Vaccination United Provinces of Agra and Oudh 1923-1928 - 1923-1928
Year: 1923
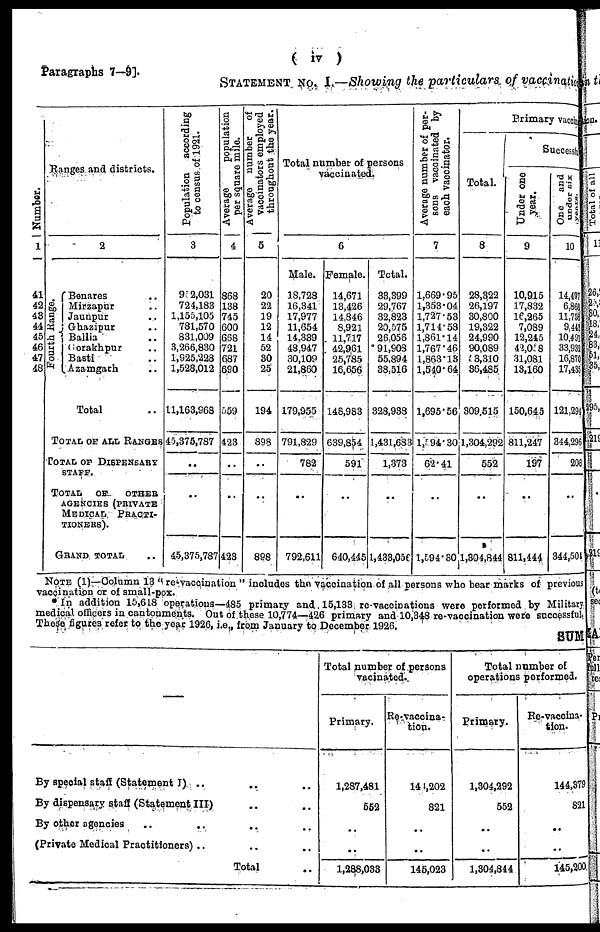
Paragraphs 7—9].
( iv )
STATEMENT No. I.—Showing the particulars of vaccinatio
Number.
1
41
42
43
41
45
46
47
48
Ranges and districts.
2
Fourth Range.
Benares ..
Mirzapur ..
Jaunpur ..
Ghazipur ..
Ballia ..
Gorakhpur ..
Basti ..
Azamgarh ..
Total ..
TOTAL OF ALL RANGES
TOTAL OF DISPENSARY
STAFF.
TOTAL OF
OTHER
AGENCIES (PRIVATE
MEDICAL PRACTI¬
TIONERS).
GRAND TOTAL ..
Population
according
to census of 1921.
3
95 2,031
724,183
1,155,105
781,570
831,009
3,266,830
1,925,228
1,528,012
11,163,968
45,375,787
..
..
45,375,787
Average
population
per square mile.
4
868
138
745
600
668
721
687
690
559
423
..
..
423
Average number of
vaccinators employed
throughout the year.
5
20
22
19
12
14
52
30
25
194
898
..
..
898
Total number of persons
vaccinated.
6
Male.
18,728
16,341
17,977
11,654
14,339
48,947
30,109
21,860
179,955
791,829
782
..
792,611
Female.
14,671
13,426
14,846
8,921
11,717
42,961
25,785
16,656
148,983
639,854
591
..
640,445
Total.
33,399
29,767
32,823
20,575
26,056
91,908
55,894
38,516
328,938
1,431,683
1,373
..
l,438,056
Average number of per-
sons vaccinated by
each vaccinator.
7
1,669.95
1,353.04
1,727.53
1,714.58
1,861.14
1,767.46
1,863.13
1,540.64
1,695.56
1,594.30
62.41
..
1,594.30
Primary vaccin
Total.
8
28,322
26,197
30,800
19,322
24,990
90,089
53,310
36,485
309,515
1,304,292
552
..
1,304,844
Successful
Under one
year.
9
10,915
17,832
16,265
7,089
12,245
42,058
31,081
13,160
150,645
811,247
197
..
811,444
One and
under
six
years.
10
14,497
6,863
11,758
9,443
10,491
33,932
16,870
17,435
121,294
344,296
208
..
344,504
NOTE (1)—Column 13 " re-vaccination " includes the vaccination of all persons who bear marks of previous
vaccination or of small-pox.
* In addition 15,618 operations—485 primary and 15,133 re-vaccinations were performed by Military
medical officers in cantonments. Out of these 10,774—426 primary and 10,348 re-vaccination were successful.
These figures refer to the year 1926, i.e., from January to December 1926.
SUM
—
By special staff (Statement I) .. .. ..
By dispensary staff (Statement III) .. ..
By other agencies .. .. .. ..
(Private Medical Practitioners) .. .. ..
Total ..
Total number of persons
vacinated.
Primary.
1,287,481
552
..
..
1,288,033
Re-vaccina¬
tion.
144,202
821
..
..
145,023
Total number of
operations performed.
Primary.
1,304,292
552
..
..
1,304,844
Re-vaccina¬
tion.
144,379
821
..
..
145,200